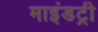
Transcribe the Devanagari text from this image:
माइंडट्री